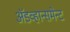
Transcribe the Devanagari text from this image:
अॅडव्हान्समेन्ट